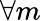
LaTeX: \forall m